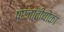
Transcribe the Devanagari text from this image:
प्रजातीयोंका